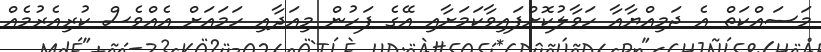
މަސައްކަތް އެ ޖަމިއްޔާއާ ހަވާލުކޮށްފައިވާކަމަށާއި އޭގެ ފަހުން މިއަދާއި ހަމައަށް އެއްވެސް ކުރިއެރުމެއް